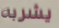
يشربه